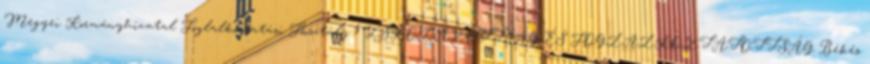
Megyei Kormányhivatal Foglalkoztatási Főosztály 7 ISKOLÁZOTTSÁG ÉS FOGLALKOZTATOTTSÁG Békés